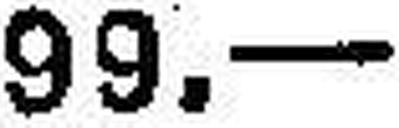
99.—